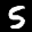
Label: 5